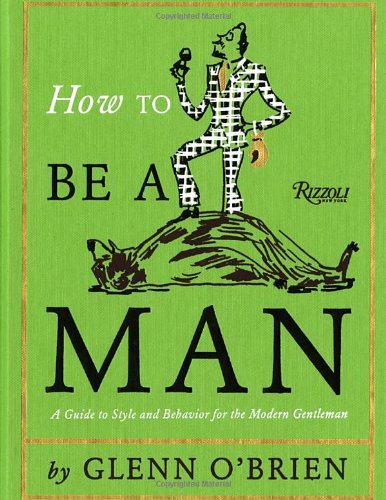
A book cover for How To Be a Man: A Guide To Style and Behavior For The Modern Gentleman; Glenn O'Brien; Health, Fitness & Dieting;